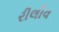
રીલીવ